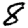
Digit: 8